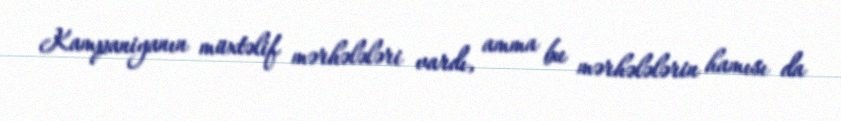
Kampaniyanın müxtəlif mərhələləri vardı, amma bu mərhələlərin hamısı da